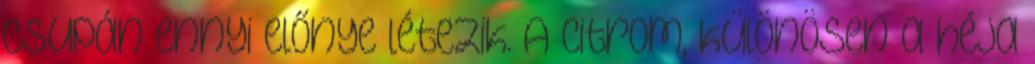
csupán ennyi előnye létezik. A citrom, különösen a héja